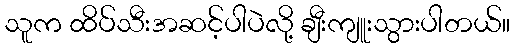
သူက ထိပ်သီးအဆင့်ပါပဲလို့ ချီးကျူးသွားပါတယ်။